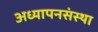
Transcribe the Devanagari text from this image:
अध्यापनसंस्था